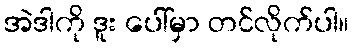
အဲဒါကို ဒူး ပေါ်မှာ တင်လိုက်ပါ။